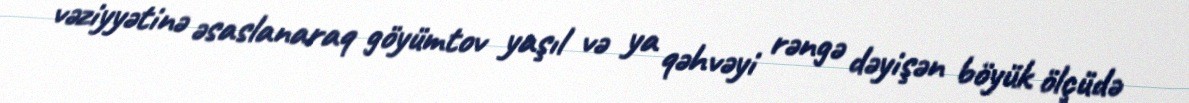
vəziyyətinə əsaslanaraq göyümtov yaşıl və ya qəhvəyi rəngə dəyişən böyük ölçüdə